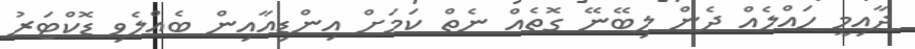
ދާއިމީ ހައްލެއް ދެން ލިބޭނޭ ގޮތެއް ނެތް ކަމަށް އިންޑިއާއިން ބެއްލެވި ޑޮކްޓަރު